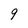
Character: 9